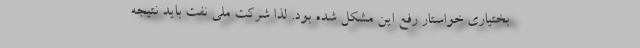
بختیاری خواستار رفع این مشکل شده بود. لذا شرکت ملی نفت باید نتیجه